Annual report of the Civil Veterinary Department, Bengal, for the year 1898-99 - 1898-1899
Year: 1898
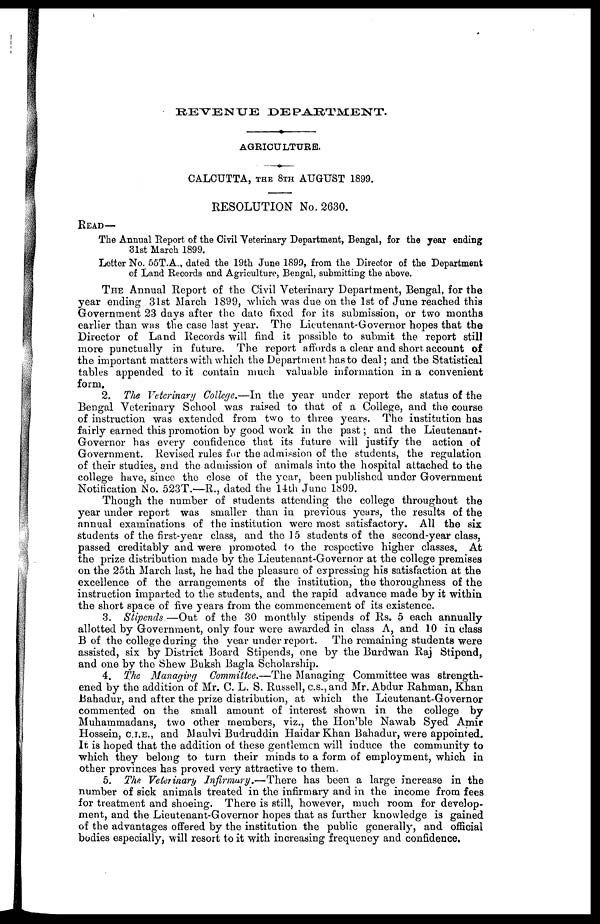
REVENUE
DEPAETMENT.
AGRICULTURE.
CALCUTTA, the 8th AUGUST 1899.
RESOLUTION No. 2630.
READ—
The Annual Report of the Civil Veterinary Department, Bengal, for the year ending
31st March 1899.
Letter No. 55T.A., dated the 19th June 1899, from the Director of the Department
of Land Records and Agriculture, Bengal, submitting the above.
THE Annual Report of the Civil Veterinary Department, Bengal, for the
year ending 31st March 1899, which was due on the 1st of June reached this
Government 23 days after the date fixed for its submission, or two months
earlier than was the case last year. The Lieutenant-Governor hopes that the
Director of Land Records will find it possible to submit the report still
more punctually in future. The report affords a clear and short account of
the important matters with which the Department has to deal; and the Statistical
tables appended to it contain much valuable information in a convenient
form.
2. The Veterinary College.—In the year under report the status of the
Bengal Veterinary School was raised to that of a College, and the course
of instruction was extended from two to three years. The institution has
fairly earned this promotion by good work in the past; and the Lieutenant-
Governor has every confidence that its future will justify the action of
Government. Revised rules fur the admission of the students, the regulation
of their studies, and the admission of animals into the hospital attached to the
college have, since the close of the year, been published under Government
Notification No. 523T.—R., dated the 14th June 1899.
Though the number of students attending the college throughout the
year under report was smaller than in previous years, the results of the
annual examinations of the institution were most satisfactory. All the six
students of the first-year class, and the 15 students of the second-year class,
passed creditably and were promoted to the respective higher classes. At
the prize distribution made by the Lieutenant-Governor at the college premises
on the 25th March last, he had the pleasure of expressing his satisfaction at the
excellence of the arrangements of the institution, the thoroughness of the
instruction imparted to the students, and the rapid advance made by it within
the short space of five years from the commencement of its existence.
3. Stipends.—Out
of the 30 monthly stipends of Rs. 5 each annually
allotted by Government, only four were awarded in class A, and 10 in class
B of the college during the year under report.
The remaining students were
assisted, six by District Board Stipends, one by the Burdwan Raj Stipend,
and one by the Shew Buksh Bagla Scholarship.
4. The Managing Committee.—The Managing Committee was strength-
ened by the addition of Mr. C. L. S. Russell, c.s.,and Mr. Abdur Rahman, Khan
Bahadur, and after the prize distribution, at which the Lieutenant-Governor
commented on the small amount of interest shown in the college by
Muhammadans, two other members, viz., the Hon'ble Nawab Syed Amir
Hossein, c.i.e., and Maulvi Budruddin Haidar Khan Bahadur, were appointed.
It is hoped that the addition of these gentlemen will induce the community to
which they belong to turn their minds to a form of employment, which in
other provinces has proved very attractive to them.
5. The. Veterinary Infirmary.—There
has been a large increase in the
number of sick animals treated in the infirmary and in the income from fees
for treatment and shoeing. There is still, however, much room for develop-
ment, and the Lieutenant-Governor hopes that as further knowledge is gained
of the advantages offered by the institution the public generally, and official
bodies especially, will resort to it with increasing frequeney and confidence.